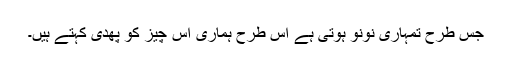
جس طرح تمہاری نونو ہوتی ہے اس طرح ہماری اس چیز کو پھدی کہتے ہیں۔